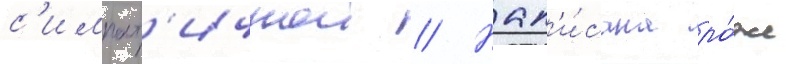
с'импат'ичнои // Нап'и́сана ро́же